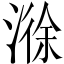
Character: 𣻄